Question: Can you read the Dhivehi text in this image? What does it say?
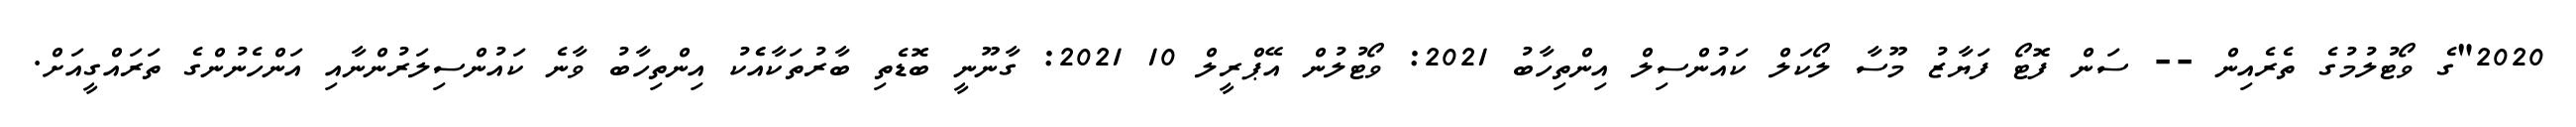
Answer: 2020"ގެ ވޯޓުލުމުގެ ތެރެއިން -- ސަން ފޮޓޯ ފަޔާޒު މޫސާ ލޯކަލް ކައުންސިލް އިންތިހާބު 2021: ވޯޓުލުން އޭޕްރީލް 10 2021: ގާނޫނީ ބޮޑެތި ބާރުތަކާއެެކު އިންތިހާބު ވާނެ ކައުންސިލަރުންނާއި އަންހެނުންގެ ތަރައްގީއަށް.